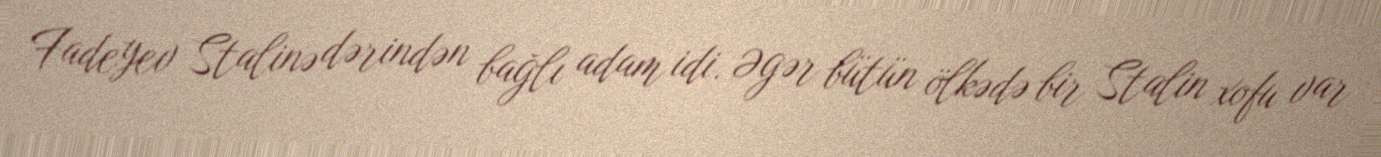
Fadeyev Stalinə dərindən bağlı adam idi. Əgər bütün ölkədə bir Stalin xofu var